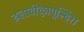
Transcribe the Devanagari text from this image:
इलावीऴापून्चिरा